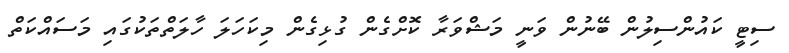
ސިޓީ ކައުންސިލުން ބޭނުން ވަނީ މަޝްވަރާ ކޮށްގެން ގުޅިގެން މިކަހަލަ ހާލަތްތަކުގައި މަސައްކަތް